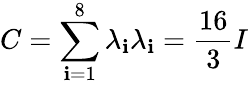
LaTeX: C=\sum_{\mathbf{i}=1}^{8}\lambda_{\mathbf{i}}\lambda_{\mathbf{i}}={\frac{{16}}{{3}}}I